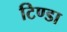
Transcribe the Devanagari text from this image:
टिण्डा